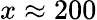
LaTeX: x\approx 200